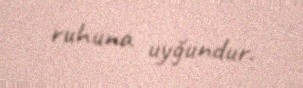
ruhuna uyğundur.